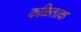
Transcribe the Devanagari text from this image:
कळिताक